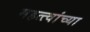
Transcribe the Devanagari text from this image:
महत्त्वांच्या